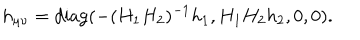
h _ { \mu \nu } = \mathrm { d i a g } ( - ( H _ { 1 } H _ { 2 } ) ^ { - 1 } h _ { 1 } , H _ { 1 } H _ { 2 } h _ { 2 } , 0 , 0 ) .